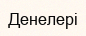
Денелері